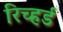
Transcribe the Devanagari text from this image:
रिच्हर्ड